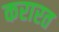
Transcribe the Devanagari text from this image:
करारत